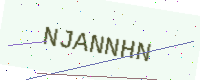
Text: NJANNHN